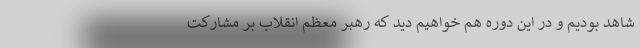
شاهد بودیم و در این دوره هم خواهیم دید که رهبر معظم انقلاب بر مشارکت